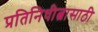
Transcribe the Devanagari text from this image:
प्रतिनिधीत्वासाठी